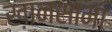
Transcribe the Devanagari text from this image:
ख़ानसामा